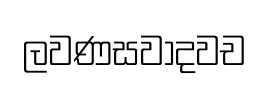
ලවණසවාදවච